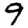
Digit: 9